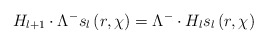
\begin{align*}H_{l+1}\cdot \Lambda ^{-}s_{l}\left( r,\chi \right) =\Lambda^{-}\cdot H_{l}s_{l}\left( r,\chi \right)\end{align*}